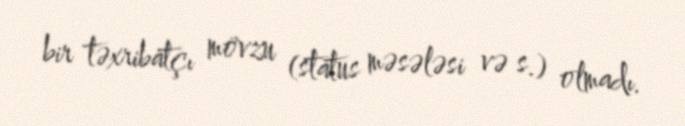
bir təxribatçı mövzu (status məsələsi və s.) olmadı.